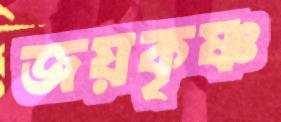
জয়কৃষ্ণ